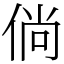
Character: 倘